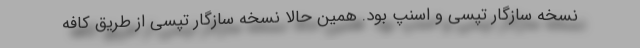
نسخه سازگار تپسی و اسنپ بود. همین حالا نسخه سازگار تپسی از طریق کافه